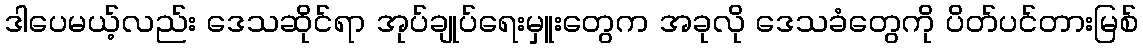
ဒါပေမယ့်လည်း ဒေသဆိုင်ရာ အုပ်ချုပ်ရေးမှူးတွေက အခုလို ဒေသခံတွေကို ပိတ်ပင်တားမြစ်